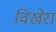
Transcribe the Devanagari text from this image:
विखेरा